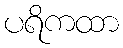
ပရိကထာ